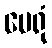
မေရုံ